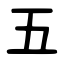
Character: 五